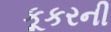
કૂકરની